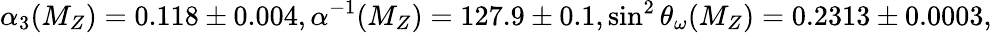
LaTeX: \alpha_{3}(M_{Z})=0.118\pm 0.004,\alpha^{-1}(M_{Z})=127.9\pm 0.1,\sin^{2}\theta_{\omega}(M_{Z})=0.2313\pm 0.0003,